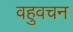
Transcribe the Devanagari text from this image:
वहुवचन